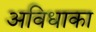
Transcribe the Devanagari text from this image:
अविधाका